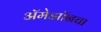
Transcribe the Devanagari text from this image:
अॅमेझॉनचा